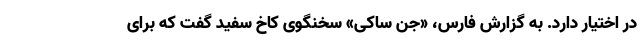
در اختیار دارد. به گزارش فارس، «جن ساکی» سخنگوی کاخ سفید گفت که برای